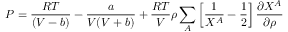
P = { \frac { R T } { ( V - b ) } } - { \frac { a } { V ( V + b ) } } + { \frac { R T } { V } } \rho \sum _ { A } \left[ { \frac { 1 } { X ^ { A } } } - { \frac { 1 } { 2 } } \right] { \frac { \partial X ^ { A } } { \partial \rho } }